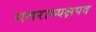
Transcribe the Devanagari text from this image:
नगराध्यक्षपद